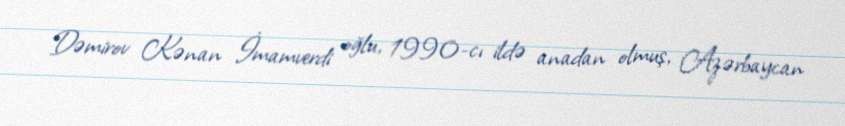
Dəmirov Kənan İmamverdi oğlu, 1990-cı ildə anadan olmuş, Azərbaycan